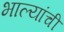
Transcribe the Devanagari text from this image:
भाल्यांची